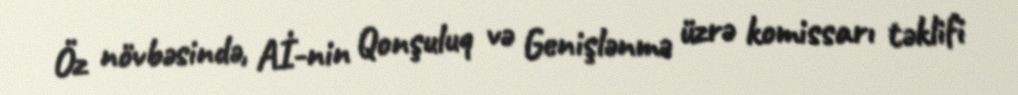
Öz növbəsində, Aİ-nin Qonşuluq və Genişlənmə üzrə komissarı təklifi